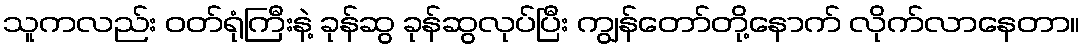
သူကလည်း ဝတ်ရုံကြီးနဲ့ ခုန်ဆွ ခုန်ဆွလုပ်ပြီး ကျွန်တော်တို့နောက် လိုက်လာနေတာ။